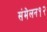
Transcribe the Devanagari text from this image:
संमेलन१२